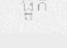
ផ្អូក